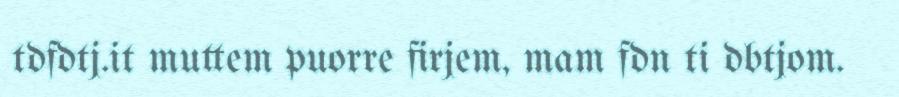
tdfdtj.it muttem puorre firjem, mam fdn ti dbtjom.